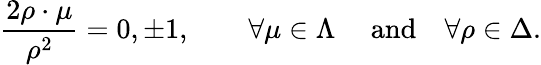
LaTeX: {\frac{2\rho\cdot\mu}{\rho^{2}}}=0,\pm 1,\quad\quad\forall\mu\in\Lambda\quad\ \mathrm{and}\quad\forall\rho\in\Delta.